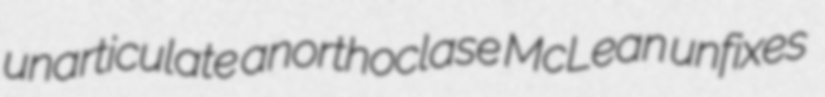
unarticulate anorthoclase McLean unfixes